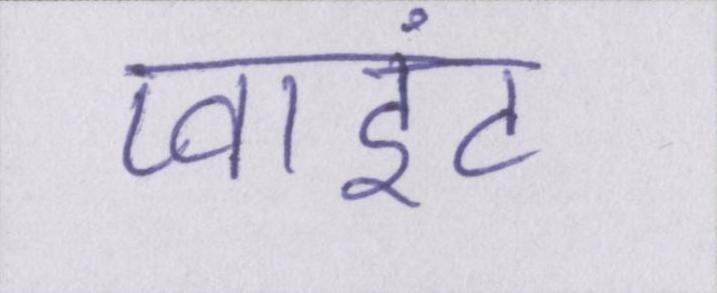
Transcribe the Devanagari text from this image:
प्वाइंट